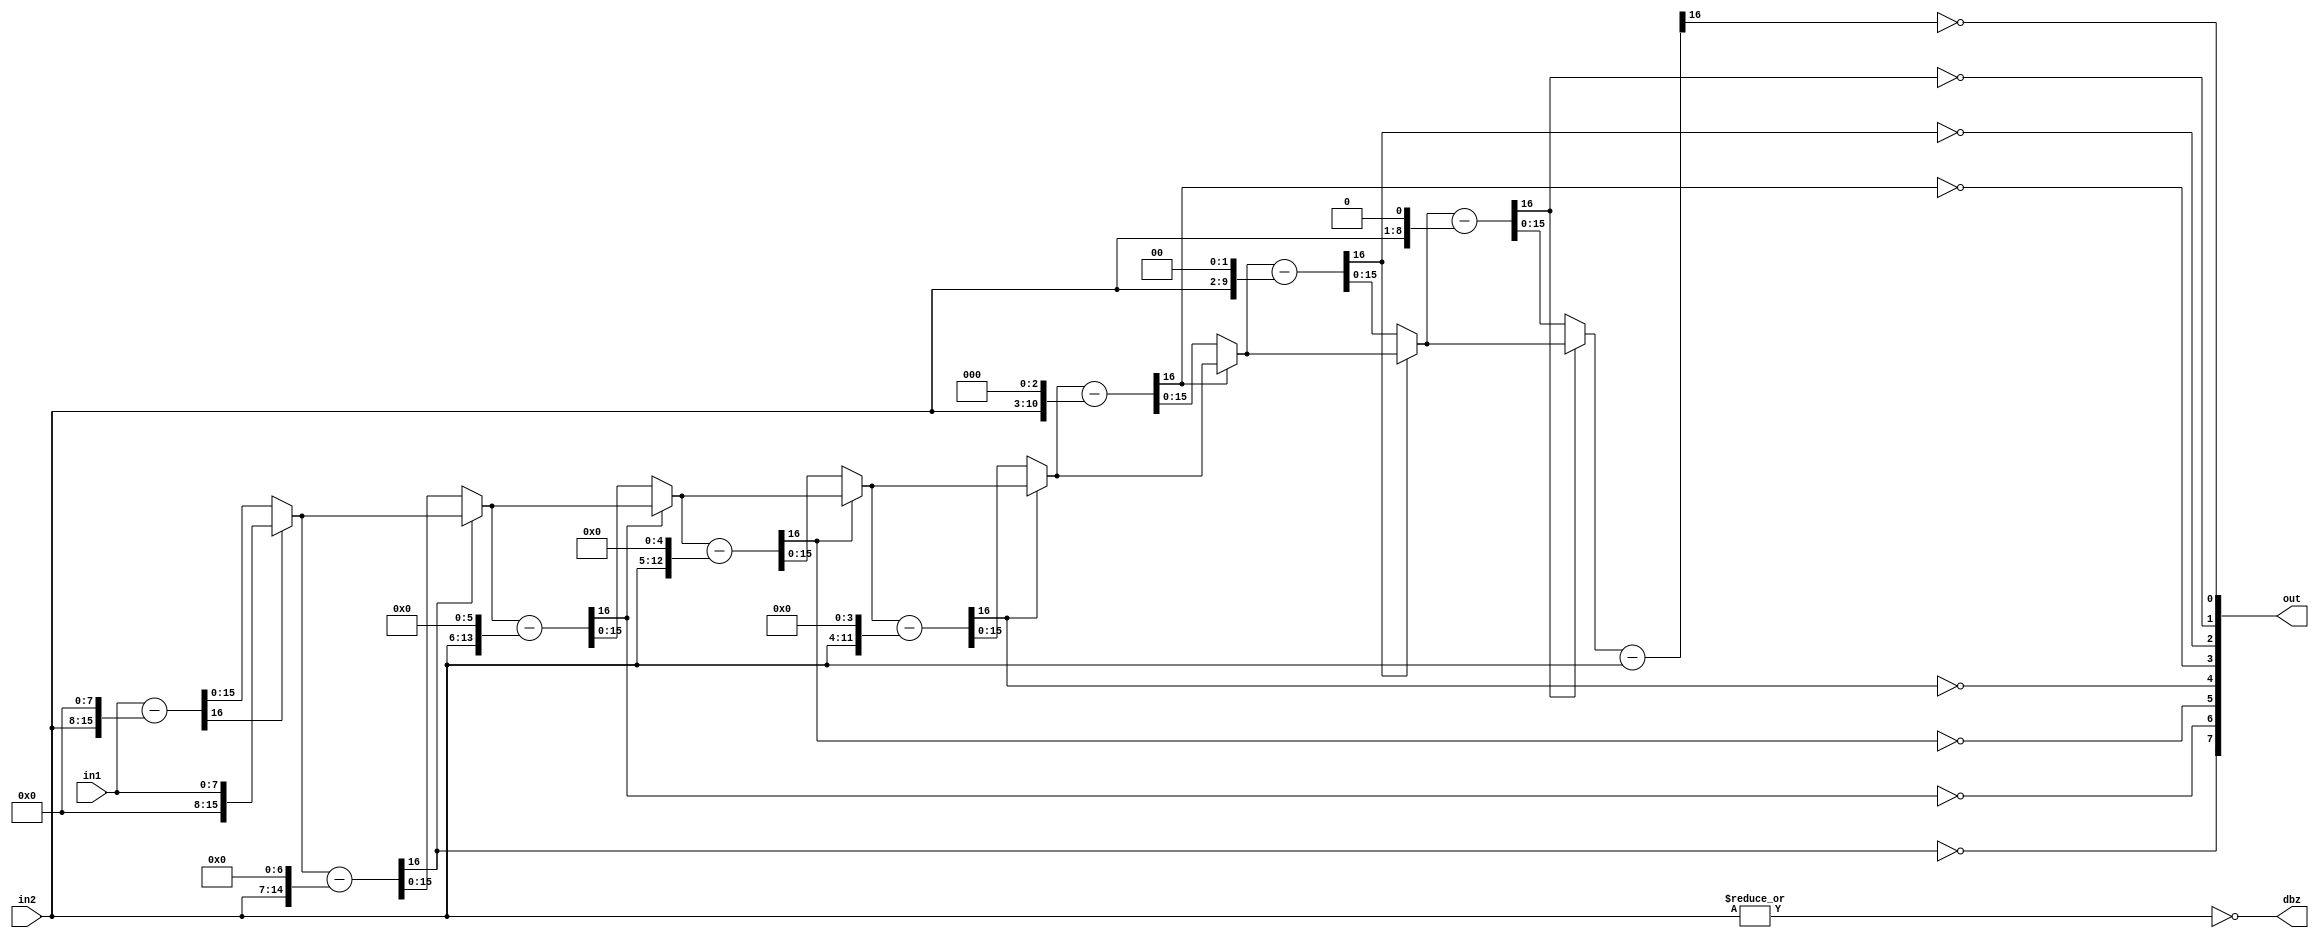
`timescale 1ns / 10ps
module div(out, in1, in2, dbz);
parameter width = 8;
input  	[width-1:0] in1; // Dividend
input  	[width-1:0] in2; // Divisor
output  [width-1:0] out; // Quotient
output dbz;


/********************************

You need to write your code at here

********************************/

genvar i;

wire [2*width:0] div[0:width];
wire [2*width:0] remainder[0:width];
wire [width-1:0] ans[0:width];
wire [2*width:0]sub[0:width];

assign dbz = ~(|in2);

assign sub[0] = {9'b0,in1} - {1'b0,in2,8'b0};//{8'b0,in1} >= {in2,8'b0};
assign remainder[0] = sub[0][16] ?{9'b0,in1}:sub[0]; //(sub[0]) ? ({8'b0,in1}-{in2,8'b0}):{8'b0,in1};
assign div[0] = {2'b0,in2,7'b0};
assign ans[0] = sub[0][16]?8'b0:8'b1;//sub[0] ? 8'b1:8'b0;

generate
    for(i=1;i<=width;i=i+1) begin : div_block
        assign sub[i] = remainder[i-1] - div[i-1];//remainder[i-1] >= div[i-1];
        assign remainder[i] = sub[i][16]?remainder[i-1]:sub[i];//(sub[i]) ? (remainder[i-1]-div[i-1]) : remainder[i-1];
        assign div[i] = div[i-1] >> 1;
        assign ans[i] = {ans[i-1][width-2:0],~sub[i][16]};
    end
endgenerate

assign out = ans[8];

endmodule